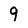
Character: q